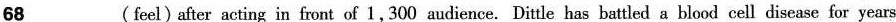
\underline{68} (feel)after acting in front of 1,300 audience. Dittle has battled a blood cell disease for years